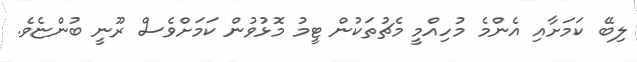
ލިބޭ ކަމަށާއި އެންމެ މުހިއްމީ މެޗުތަކުން ޓީމު މޮޅުވުން ކަމަށްވެސް ރޫނީ ބުންޏެވެ.